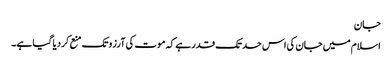
جان
اسلام میں جان کی اس حد تک قدر ہے کہ موت کی آرزو تک منع کردیا گیا ہے۔